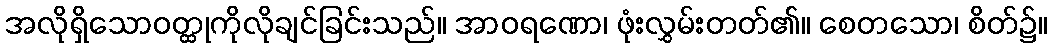
အလိုရှိသောဝတ္ထုကိုလိုချင်ခြင်းသည်။ အာဝရဏော၊ ဖုံးလွှမ်းတတ်၏။ စေတသော၊ စိတ်၌။